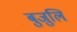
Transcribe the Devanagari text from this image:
बुजुलि